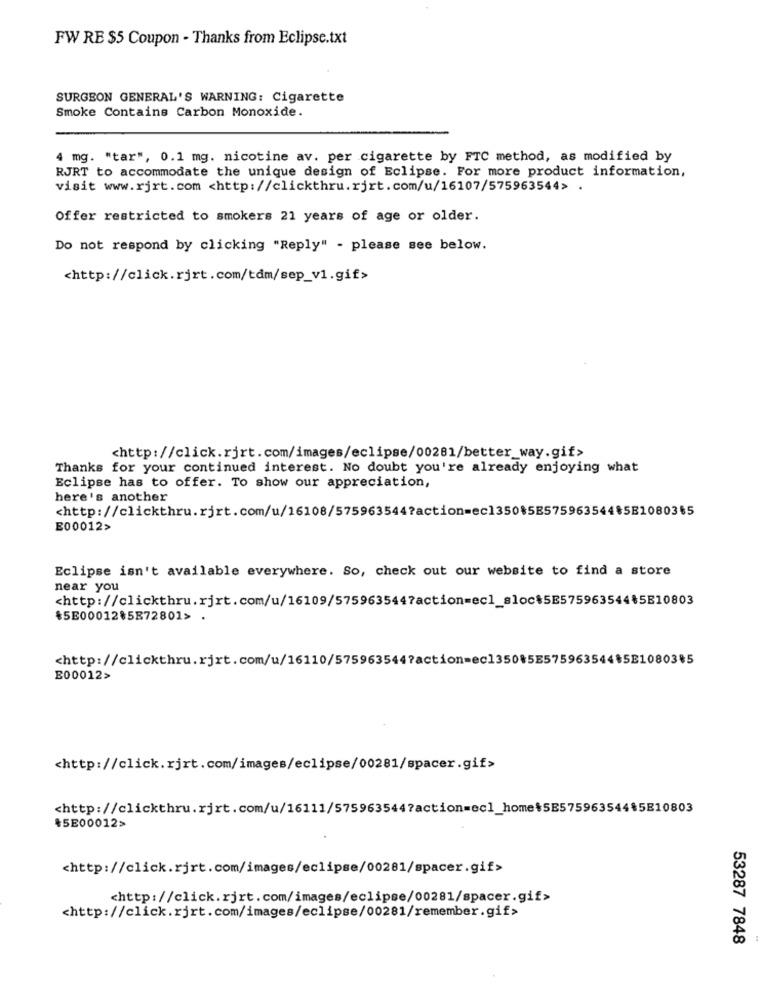
FW RE $5 Coupon - Thanks from Eclipse.txt
SURGEON GENERAL'S WARNING: Cigarette
Smoke Contains Carbon Monoxide.
4 mg. "tar", 0.1 mg. nicotine av. per cigarette by FTC method, as modified by
RJRT to accommodate the unique design of Eclipse. For more product information,
visit www.rjrt.com <http://clickthru.rjrt.com/u/16107/575963544> .
Offer restricted to smokers 21 years of age or older.
Do not respond by clicking "Reply" - please see below.
<http://click.rjrt.com/tdm/sep_v1.gif>
<http://click.rjrt.com/images/eclipse/00281/better_way.gif>
Thanks for your continued interest. No doubt you're already enjoying what
Eclipse has to offer. To show our appreciation,
here's another
<http://clickthru.rjrt.com/u/16108/575963544?action=ec1350$5E57596354485E1080365
E00012>
Eclipse isn't available everywhere. So, check out our website to find a store
near you
<http://clickthru.rjrt.com/u/16109/575963544?action=ecl_sloc$5E575963544₺5E10803
៛5E00012৳5872801> .
<http://clickthru.rjrt.com/u/16110/575963544?action=ec1350$5E575963544$5E1080385
E00012>
<http://click.rjrt.com/images/eclipse/00281/spacer.gif>
<http://clickthru.rjrt.com/u/16111/575963544?action=ecl_home$5E575963544$5E10803
*5E00012>
<http://click.rjrt.com/images/eclipse/00281/spacer.gif>
<http://click.rjrt.com/images/eclipse/00281/spacer.gif>
<http://click.rjrt.com/images/eclipse/00281/remember.gif>
53287 7848